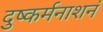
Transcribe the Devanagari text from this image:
दुष्कर्मनाशनं